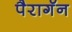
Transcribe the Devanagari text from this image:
पैरागॅन